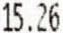
15.26